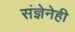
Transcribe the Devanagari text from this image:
संज्ञेनेही